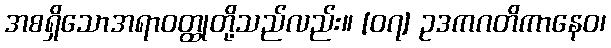
အစရှိသောအရာဝတ္ထုတို့သည်လည်း။ [၀၇] ဥဒကဂတိကာနေဝ၊